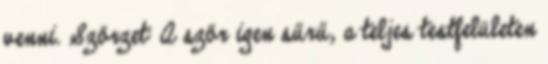
venni. Szőrzet: A szőr igen sűrű, a teljes testfelületen